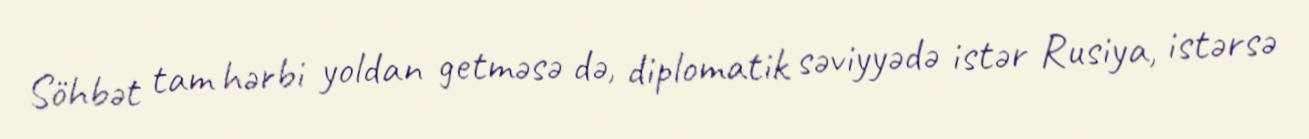
Söhbət tam hərbi yoldan getməsə də, diplomatik səviyyədə istər Rusiya, istərsə